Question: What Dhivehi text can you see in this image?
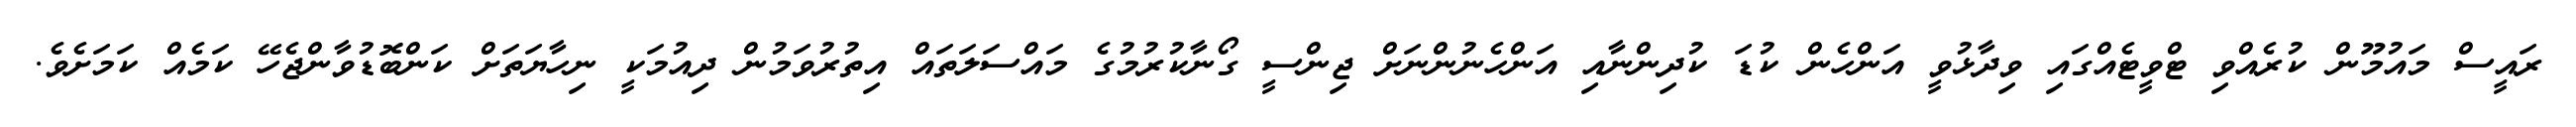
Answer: ރައީސް މައުމޫން ކުރެއްވި ޓްވީޓެއްގައި ވިދާޅުވީ އަންހެން ކުޑަ ކުދިންނާއި އަންހެނުންނަށް ޖިންސީ ގޯނާކުރުމުގެ މައްސަލަތައް އިތުރުވަމުން ދިއުމަކީ ނިހާޔަތަށް ކަންބޮޑުވާންޖެހޭ ކަމެއް ކަމަށެވެ.